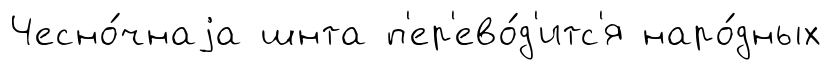
Чесно́чнаjа шнта п'ер'ево́д'итс'я наро́дных